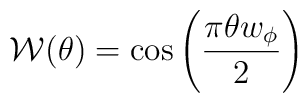
{\cal W}(\theta) = \cos\left(\frac{\pi\theta w_\phi}{2}\right)